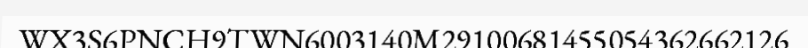
WX3S6PNCH9TWN6003140M29100681455054362662126